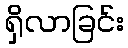
ရှိလာခြင်း